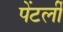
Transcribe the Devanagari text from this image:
पेंटर्ली